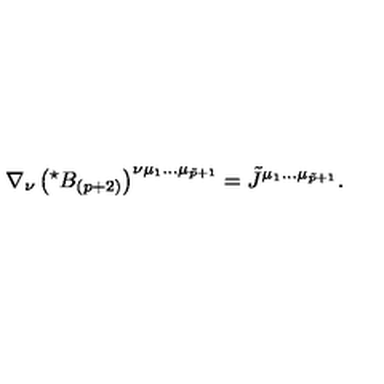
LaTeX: \nabla _ { \nu } \left( { } ^ { \star } B _ { ( p + 2 ) } \right) ^ { \nu \mu _ { 1 } \ldots \mu _ { \tilde { p } + 1 } } = \tilde { J } ^ { \mu _ { 1 } \ldots \mu _ { \tilde { p } + 1 } } .